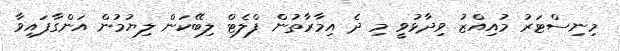
މިނިސްޓަރު މުއިއްޒު ވިދާޅުވީ މި ދެ އިމާރާތުން ފްލެޓް ލިބޭކަން ލިޔުމުން އަންގާފައިވާ